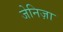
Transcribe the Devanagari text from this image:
जेनिज़ा